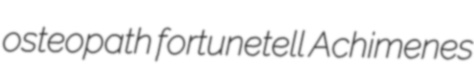
osteopath fortunetell Achimenes